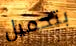
بتحميل